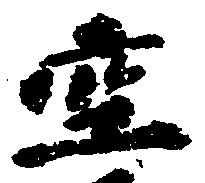
空